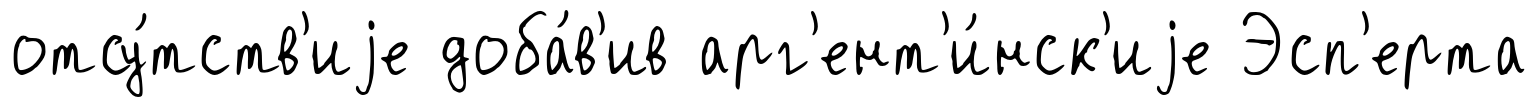
отсу́тств'иjе доба́в'ив арг'ент'и́нск'иjе Эсп'ерта